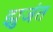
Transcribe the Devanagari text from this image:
झुजंत